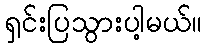
ရှင်းပြသွားပါ့မယ်။